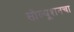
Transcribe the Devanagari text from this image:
सोल्यूशनचा